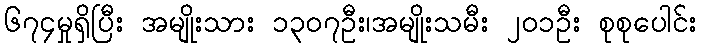
၆၇၄မှုရှိပြီး အမျိုးသား ၁၃၀၇ဦး၊အမျိုးသမီး ၂၀၁ဦး စုစုပေါင်း